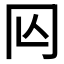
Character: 𠕈